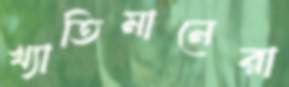
খ্যাতিমানেরা